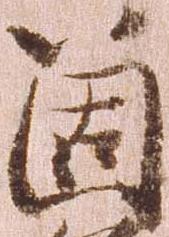
箇